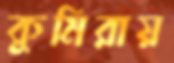
কুমিরায়